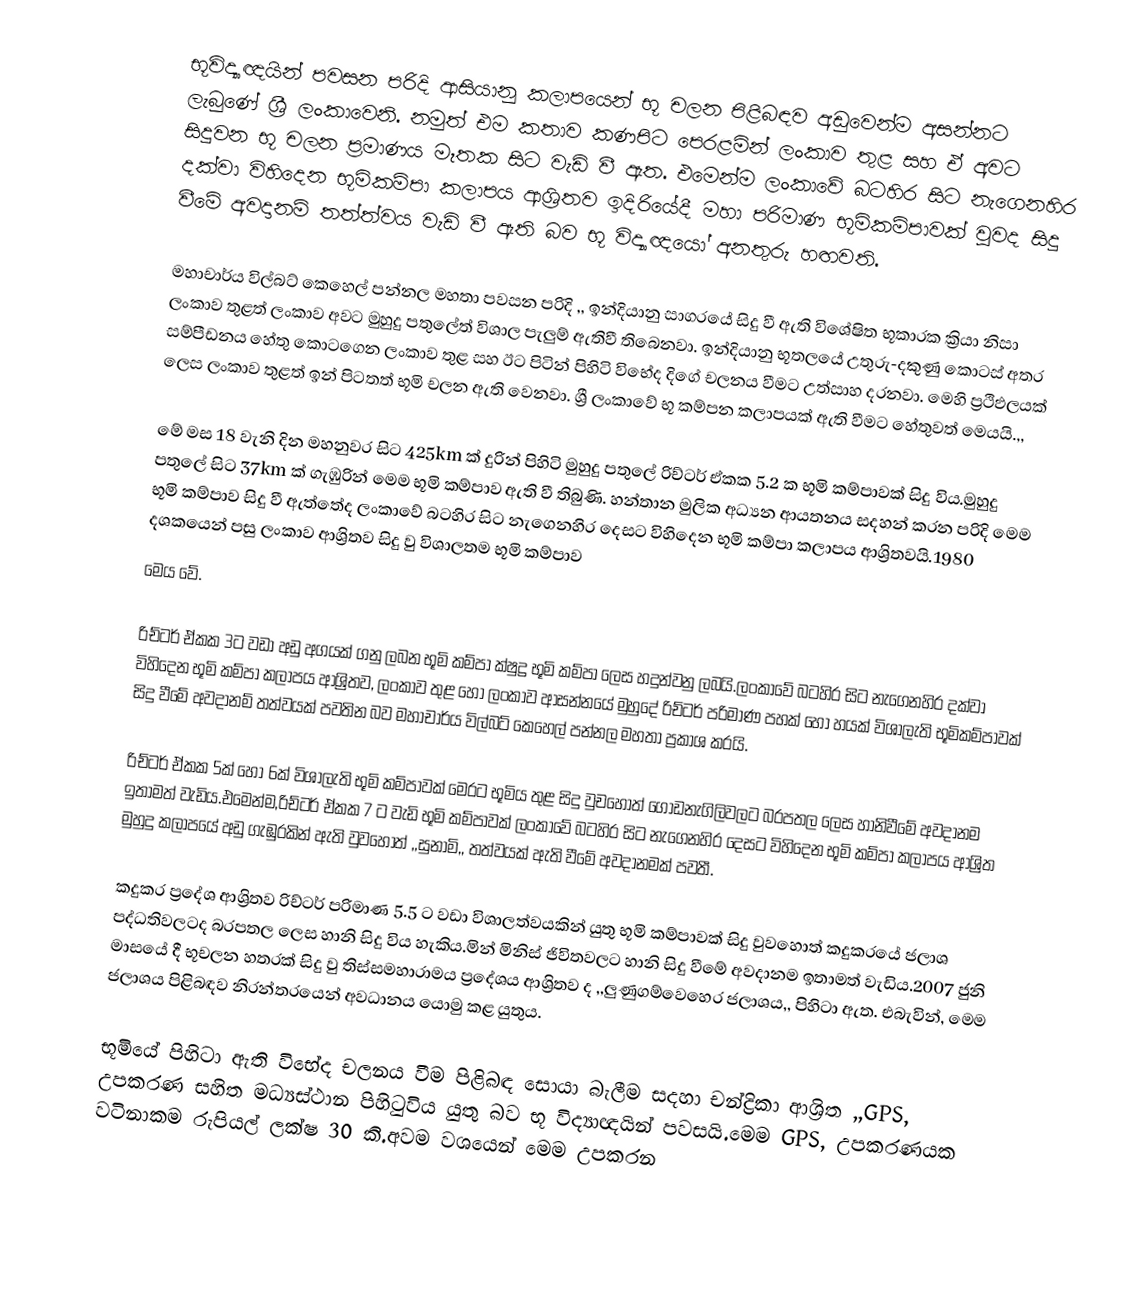
භූවිද්‍යාඥයින්  පවසන පරිදි  ආසියානු  කලාපයෙන් භූ චලන පිළිබඳව අඩුවෙන්ම අසන්නට ලැබුණේ ශ්‍රී ලංකාවෙනි. නමුත් එම කතාව කණපිට පෙරළමින්  ලංකාව  තුළ සහ ඒ අවට සිදුවන භූ චලන ප්‍රමාණය මෑතක සිට වැඩි වී ඇත. එමෙන්ම ලංකා‍වේ බටහිර සිට නැගෙනහිර දක්වා විහිදෙන භූමිකම්පා කලාපය ආශ්‍රිතව ඉදිරියේදී මහා පරිමාණ භූමිකම්පාවක් වුවද සිදු වීමේ අවදානම් තත්ත්වය වැඩි වී ඇති බව භූ විද්‍යාඥයෝ අනතුරු හඟවති.

මහාචාර්ය විල්බට් කෙහෙල් පන්නල මහතා පවසන පරිදි  ,, ඉන්දියානු සාගරයේ සිදු වී ඇති විශේෂිත භූකාරක ක්‍රියා නිසා ලංකාව තුළත් ලංකාව අවට මුහුදු පතුලේත් විශාල පැලුම් ඇතිවී තිබෙනවා. ඉන්දියානු භූතලයේ උතුරු-දකුණු කොටස් අතර සම්පීඩනය හේතු කොටගෙන ලංකාව තුළ සහ ඊට පිටින් පිහිටි විභේද දිගේ චලනය වීමට උත්සාහ දරනවා. මෙහි ප්‍රථිඵලයක් ලෙස ලංකාව තුළත් ඉන් පිටතත් භූමි චලන ඇති වෙනවා. ශ්‍රී ලංකාවේ භූ කම්පන කලාපයක් ඇති වීමට හේතුවත් මෙයයි.,,

මේ මස 18 වැනි දින මහනුවර සිට 425km ක් දුරින් පිහිටි මුහුදු පතුලේ රිච්ටර් ඒකක 5.2 ක භූමි කම්පාවක් සිදු විය.මුහුදු පතුලේ සිට 37km ක් ගැඹුරින් මෙම භූමි කම්පාව ඇති වී තිබුණි. හන්තාන මුලික අධ්‍යන ආයතනය සදහන් කරන පරිදි මෙම භූමි කම්පාව සිදු වී ඇත්තේද ලංකාවේ බටහිර සිට නැගෙනහිර දෙසට විහිදෙන භූමි කම්පා කලාපය ආශ්‍රිතවයි.1980 දශකයෙන් පසු ලංකාව ආශ්‍රිතව සිදු වු විශාලතම භූමි කම්පාව
මෙය වේ.

රිච්ටර් ඒකක 3ට වඩා අඩු අගයක් ගනු ලබන භූමි කම්පා ක්ෂුද්‍ර භූමි කම්පා ලෙස හදුන්වනු ලබයි.ලංකාවේ  බටහිර සිට නැගෙනහිර දක්වා විහිදෙන භූමි කම්පා කලාපය ආශ්‍රිතව, ලංකාව තුළ හෝ ලංකාව ආසන්නයේ මුහුදේ රිච්ටර් පරිමාණ පහක් හෝ හයක් විශාලැති භූමිකම්පාවක් සිදු වීමේ අවදානම් තත්වයක් පවතින බව මහාචාර්ය විල්බට් කෙහෙල් පන්නල මහතා ප්‍රකාශ කරයි.

රිච්ටර් ඒකක 5ක් හෝ 6ක් විශාලැති  භූමි කම්පාවක් මෙරට භූමිය තුළ සිදු වුචහොත් ගොඩනැගිලිවලට බරපතල ලෙස හානිවීමේ අවදානම ඉතාමත් වැඩිය.එමෙන්ම,රිච්ටර් ඒකක 7 ට වැඩි භූමි කම්පාවක් ලංකාවේ බටහිර සිට නැගෙනහිර දෙසට විහි‍දෙන භූමි කම්පා කලාපය ආශ්‍රිත මුහුදු කලාපයේ අඩු ගැඹුරකින් ඇති වුවහොත් ,,සුනාමි,, තත්වයක් ඇති වීමේ අවදානමක් පවතී.

කදුකර ප්‍රදේශ ආශ්‍රිතව රිච්ටර් පරිමාණ 5.5 ට වඩා විශාලත්වයකින් යුතු භූමි කම්පාවක් සිදු වුවහොත් කදුකරයේ ජලාශ පද්ධතිවලටද බරපතල ලෙස හානි සිදු විය හැකිය.මින් මිනිස් ජිවිතවලට හානි සිදු වීමේ අවදානම ඉතාමත් වැඩිය.2007 ජුනි මාසයේ දී භූචලන හතරක් සිදු වු තිස්සමහාරාමය ප්‍රදේශය ආශ්‍රිතව ද ,,ලුණුගම්වෙහෙර ජලාශය,, පිහිටා ඇත. එබැවින්, මෙම ජලාශය පිළිබඳව නිරන්තරයෙන් අවධානය යොමු කළ යුතුය.

භූමියේ පිහිටා ඇති විභේද චලනය වීම පිළිබඳ සොයා බැලීම සදහා චන්ද්‍රිකා  ආශ්‍රිත ,,GPS, උපකරණ සහිත මධ්‍යස්ථාන පිහිටුවිය යුතු බව භූ විද්‍යාඥයින් පවසයි.මෙ‍ම GPS, උපකරණයක වටිනාකම රුපියල් ලක්ෂ 30 කි.අවම වශයෙන් මෙම උපකරන